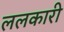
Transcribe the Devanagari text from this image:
ललकारी